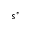
s ^ { * }